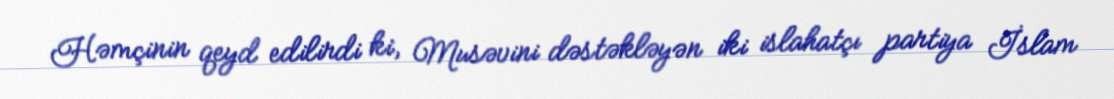
Həmçinin qeyd edilirdi ki, Musəvini dəstəkləyən iki islahatçı partiya İslam